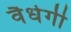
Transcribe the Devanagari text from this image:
वैधेगी